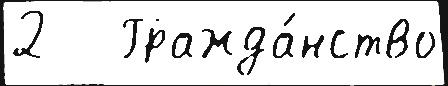
2   Гражда́нство